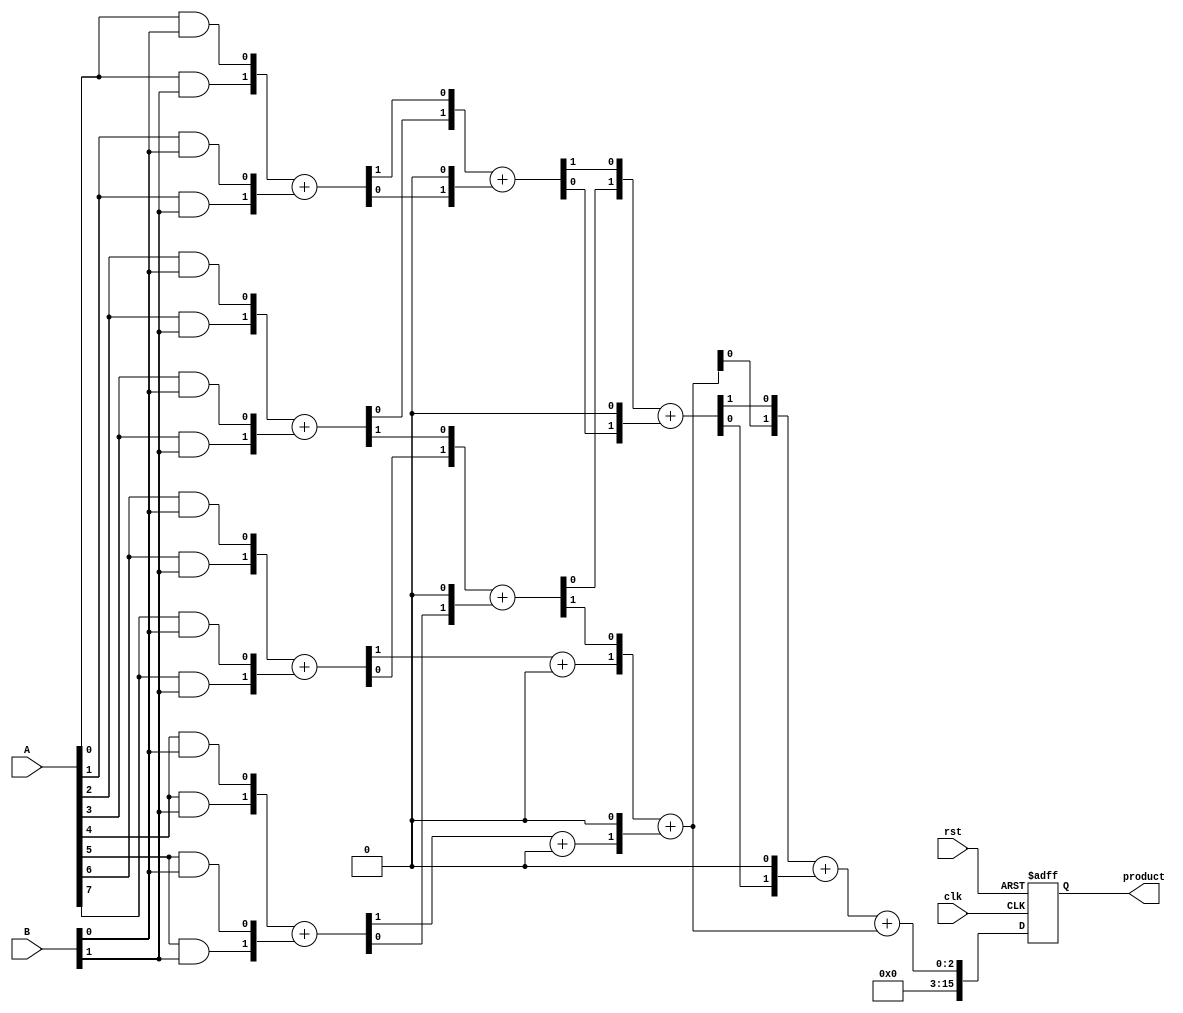
module wallace_tree_multiplier (
    input clk,
    input rst,
    input [7:0] A,
    input [7:0] B,
    output reg [15:0] product
);

    // Partial products
    wire [7:0] pp[7:0]; // 8 partial products
    genvar i, j;
    generate
        for (i = 0; i < 8; i = i + 1) begin : gen_partial_products
            for (j = 0; j < 8; j = j + 1) begin : gen_pp
                assign pp[i][j] = A[i] & B[j];
            end
        end
    endgenerate

    // Intermediate wires for the Wallace tree reduction
    wire [7:0] sum[6:0];
    wire [7:0] carry[6:0];

    // Stage 1: Combine partial products using half and full adders
    generate
        for (i = 0; i < 8; i = i + 1) begin : stage1
            if (i % 2 == 0) begin
                assign {carry[0][i/2], sum[0][i/2]} = pp[i] + pp[i+1];
            end
        end
    endgenerate

    // Stage 2: Combine sums and carries
    generate
        for (i = 0; i < 4; i = i + 1) begin : stage2
            assign {carry[1][i], sum[1][i]} = {sum[0][2*i+1], carry[0][i]} + {sum[0][2*i], 1'b0};
        end
    endgenerate

    // Stage 3: Combine sums and carries
    generate
        for (i = 0; i < 2; i = i + 1) begin : stage3
            assign {carry[2][i], sum[2][i]} = {sum[1][2*i+1], carry[1][i]} + {sum[1][2*i], 1'b0};
        end
    endgenerate

    // Stage 4: Final addition
    assign {carry[3][0], sum[3][0]} = {sum[2][1], carry[2][0]} + {sum[2][0], 1'b0};

    // Register the final product
    always @(posedge clk or posedge rst) begin
        if (rst) begin
            product <= 16'b0;
        end else begin
            product <= {carry[3][0], sum[3][0]} + {carry[2][1], sum[2][1]};
        end
    end

endmodule